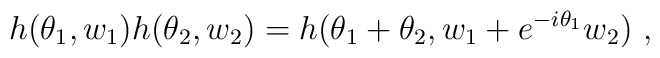
h (\theta_1,w_1) h(\theta_2,w_2)  = h (\theta_1 + \theta_2, w_1 + e^{ - i \theta_1}w_2 ) ~,